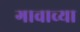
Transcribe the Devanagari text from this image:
गावाच्‍या